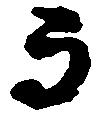
而